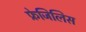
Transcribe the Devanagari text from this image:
फ्रेजिलिस